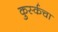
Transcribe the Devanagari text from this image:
कुर्स्कचा